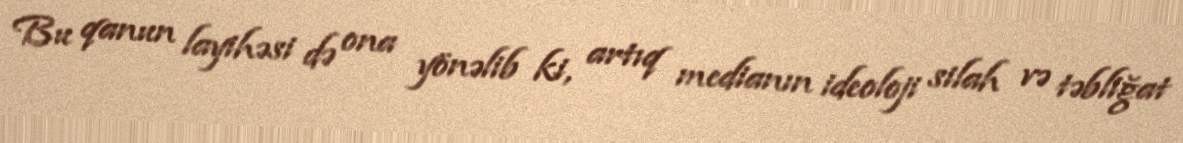
Bu qanun layihəsi də ona yönəlib ki, artıq medianın ideoloji silah və təbliğat